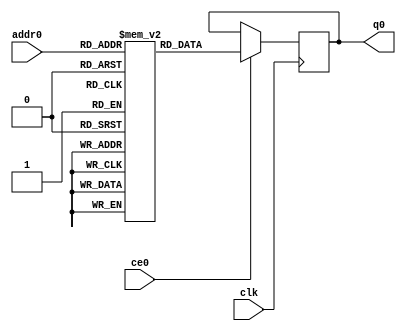
`define EXPONENT 5
`define MANTISSA 10
`define ACTUAL_MANTISSA 11
`define EXPONENT_LSB 10
`define EXPONENT_MSB 14
`define MANTISSA_LSB 0
`define MANTISSA_MSB 9
`define MANTISSA_MUL_SPLIT_LSB 3
`define MANTISSA_MUL_SPLIT_MSB 9
`define SIGN 1
`define SIGN_LOC 15
`define DWIDTH (`SIGN+`EXPONENT+`MANTISSA)
`define IEEE_COMPLIANCE 1

  module td_fused_top_tdf1_filters_1_rom (
addr0, ce0, q0, clk);

parameter DWIDTH = 16;
parameter AWIDTH = 7;
parameter MEM_SIZE = 108;

input[AWIDTH-1:0] addr0;
input ce0;
output reg[DWIDTH-1:0] q0;
input clk;

 reg [DWIDTH-1:0] ram[MEM_SIZE-1:0];

//initial begin
//    $readmemh("./td_fused_top_tdf1_filters_1_rom.dat", ram);
//end



always @(posedge clk)  
begin 
    if (ce0) 
    begin
        q0 <= ram[addr0];
    end
end



endmodule